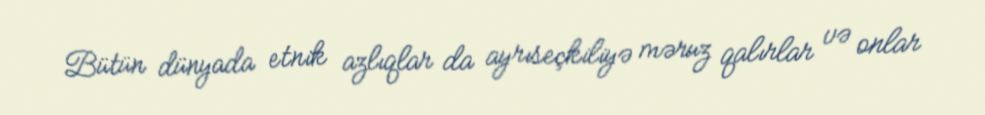
Bütün dünyada etnik azlıqlar da ayrıseçkiliyə məruz qalırlar və onlar